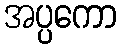
အပ္ပကော